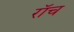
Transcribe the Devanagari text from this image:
रॉच